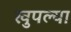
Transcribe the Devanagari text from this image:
खुपल्या